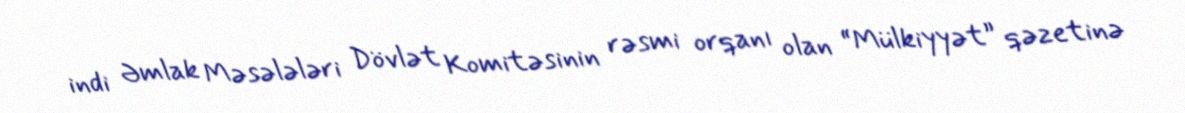
indi Əmlak Məsələləri Dövlət Komitəsinin rəsmi orqanı olan “Mülkiyyət” qəzetinə